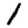
Digit: 1